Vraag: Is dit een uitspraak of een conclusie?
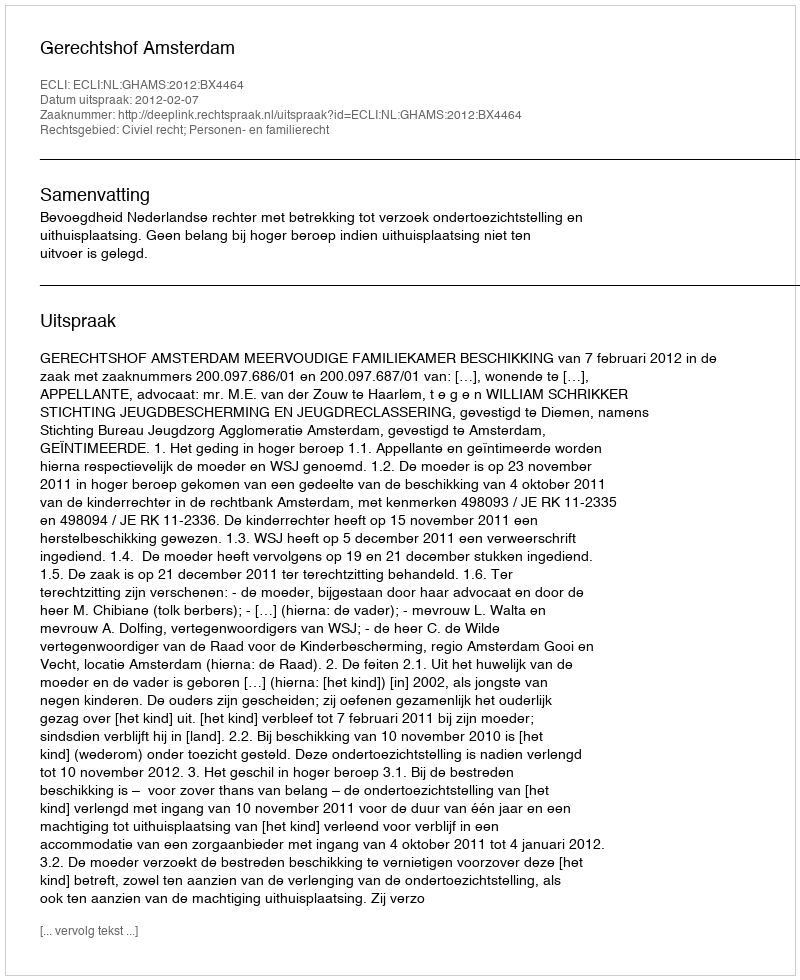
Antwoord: Uitspraak